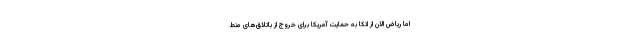
اما ریاض الان از اتکا به حمایت آمریکا برای خروج از باتلاق‌های منط